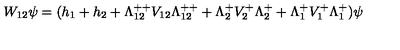
W _ { 1 2 } \psi = ( h _ { 1 } + h _ { 2 } + \Lambda _ { 1 2 } ^ { + + } V _ { 1 2 } \Lambda _ { 1 2 } ^ { + + } + \Lambda _ { 2 } ^ { + } V _ { 2 } ^ { + } \Lambda _ { 2 } ^ { + } + \Lambda _ { 1 } ^ { + } V _ { 1 } ^ { + } \Lambda _ { 1 } ^ { + } ) \psi